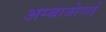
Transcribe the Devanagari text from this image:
अम्बाजोगाई